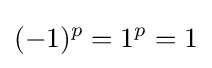
(-1)^{p}=1^{p}=1